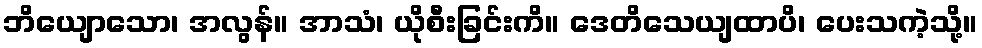
ဘိယျောသော၊ အလွန်။ အာသံ၊ ယိုစီးခြင်းကိ။ ဒေတိသေယျထာပိ၊ ပေးသကဲ့သို့။